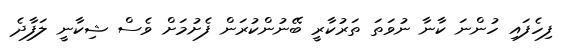
ފިހެފައި ހުންނަ ކާނާ ނުވަތަ ތަރުކާރީ ބޭނުންކުރަން ފެށުމަށް ވެސް ޝިކާނީ ލަފާދެ